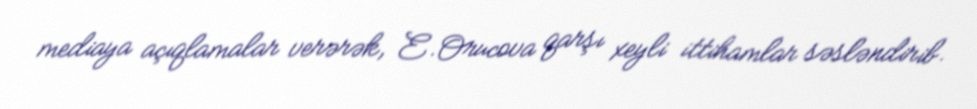
mediaya açıqlamalar verərək, E.Orucova qarşı xeyli ittihamlar səsləndirib.